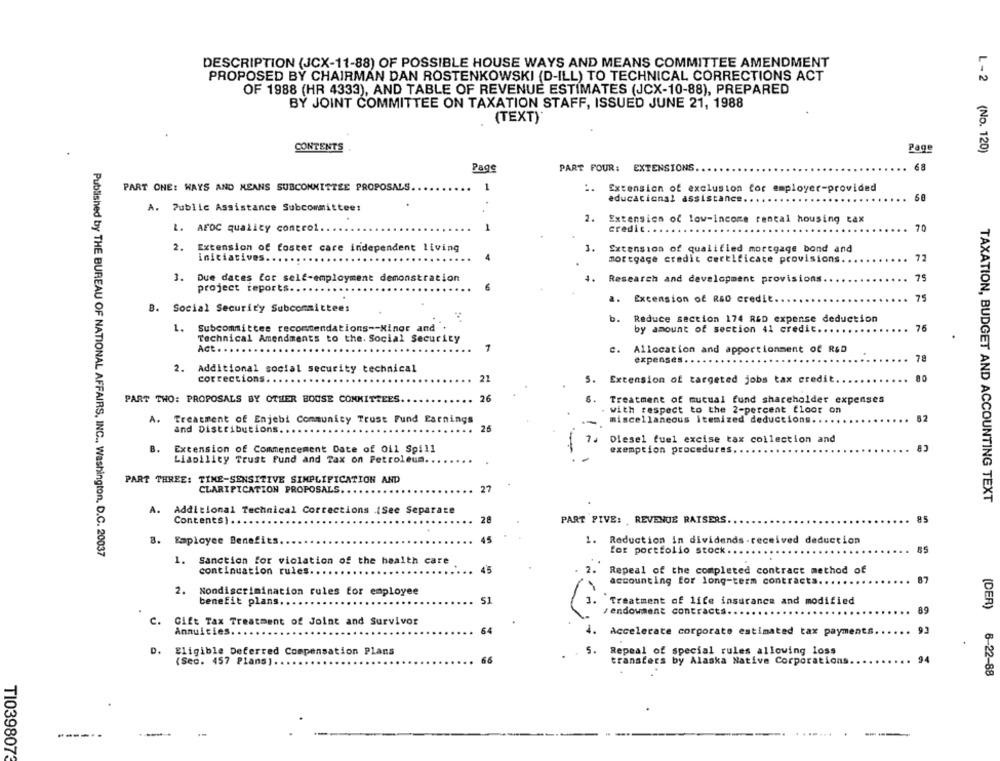
DESCRIPTION (JCX-11-88) OF POSSIBLE HOUSE WAYS AND MEANS COMMITTEE AMENDMENT
PROPOSED BY CHAIRMAN DAN ROSTENKOWSKI (D-ILL) TO TECHNICAL CORRECTIONS ACT
OF 1988 (HR 4333), AND TABLE OF REVENUE ESTIMATES (JCX-10-88), PREPARED
BY JOINT COMMITTEE ON TAXATION STAFF, ISSUED JUNE 21, 1988
(TEXT)*
CONTENTS
Page
L-2 (No. 120)
Page
PART POUR: EXTENSIONS
68
PART ONE: WAYS AND MEANS SUBCOMMITTEE PROPOSALS.
-
:.
Extension of exclusion for employer-provided
educational assistance ..
A. Public Assistance Subcommittee:
2.
Extension of low-income rental housing tax
L. AFDC quality control ..
credit.
70
2.
Extension of foster care independent living
1.
Extension of qualified mortgage bond and
initiatives.
mortgage credit certificate provisions ..
72
3. Due dates for self-employment demonstration
4.
Research and development provisions.
75
project reports ..
75
a.
Excension of R&D credit ..
B. Social Security Subcommittees
b.
Reduce section 174 R&D expense deduction
1.
Subcommittee recommendations -- Minor and
by amount of section 41 credit ...
76
Technical Amendments to the. Social Security
Act . .
7
Allocation and apportionment of R&D
78
expenses .
2.
Additional social security technical
corrections. .. .
21
5. Extension of targeted jobs tax credit.
80
PART TWO: PROPOSALS BY OTHER BOUSE COMMITTEES.
26
6.
Treatment of mutual fund shareholder expenses
with respect to the 2-percent floor on
A. Treatment of Enjebi Community Trust Fund Earnings
miscellaneous itemized deductions ..
82
and Distributions.
26
Diesel fuel excise tax collection and
CB
B.
Extension of Commencement Date of Oil Spill
exemption procedures.
Liability Trust Fund and Tax on Petroleum.
PART THREE: TIME-SENSITIVE SIMPLIFICATION AND
27
CLARIFICATION PROPOSALS.
TAXATION, BUDGET AND ACCOUNTING TEXT
A.
Additional Technical Corrections (See Separate
Contents).
26
PART FIVE: REVENUE RAISERS.
85
8. Employee Benefits.
45
1. Reduction in dividends -received deduction
for portfolio stock ..
85
Published by THE BUREAU OF NATIONAL AFFAIRS, INC ., Washington, D.C. 20037
1.
Sanction for violation of the health care
continuation rules.
45
Repeal of the completed contract method of
accounting for long-term contracts ..
87
2.
Nondiscrimination rules for employee
benefit plans ..
51
1. Treatment of life insurance and modified
89
(DER)
/endowment contracts ...
c.
Gift Tax Treatment of Joint and Survivor
Annuities.
64
Accelerate corporate estimated tax payments.
D. Eligible Deferred Compensation Plans
5.
Repeal of special rules allowing loss
(Sec. 457 Plans) ..
66
transfers by Alaska Native Corporations.
94
8-22-88
----..
TI0398073